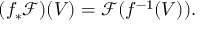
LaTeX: ( f _ { * } { \mathcal { F } } ) ( V ) = { \mathcal { F } } ( f ^ { - 1 } ( V ) ) .